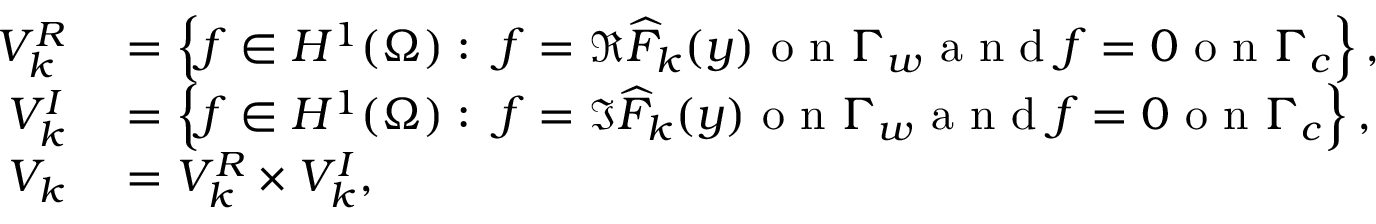
\begin{array} { r l } { V _ { k } ^ { R } } & { { } = \left\{ f \in H ^ { 1 } ( \Omega ) : \ f = \Re { \widehat { F } _ { k } ( y ) } \mathrm { ~ o ~ n ~ } \Gamma _ { w } \mathrm { ~ a ~ n ~ d ~ } f = 0 \mathrm { ~ o ~ n ~ } \Gamma _ { c } \right\} , } \\ { V _ { k } ^ { I } } & { { } = \left\{ f \in H ^ { 1 } ( \Omega ) : \ f = \Im { \widehat { F } _ { k } ( y ) } \mathrm { ~ o ~ n ~ } \Gamma _ { w } \mathrm { ~ a ~ n ~ d ~ } f = 0 \mathrm { ~ o ~ n ~ } \Gamma _ { c } \right\} , } \\ { V _ { k } } & { { } = V _ { k } ^ { R } \times V _ { k } ^ { I } , } \end{array}